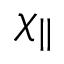
\chi _ { \parallel }